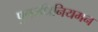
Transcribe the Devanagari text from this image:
पुनरधिनियमन